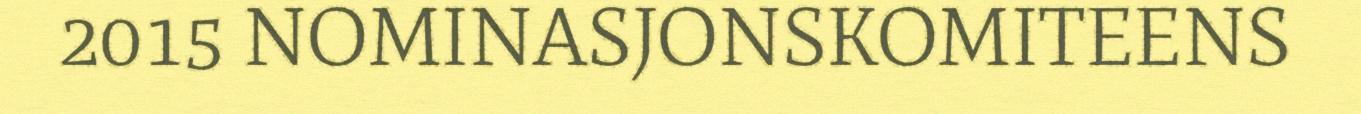
2015 NOMINASJONSKOMITEENS